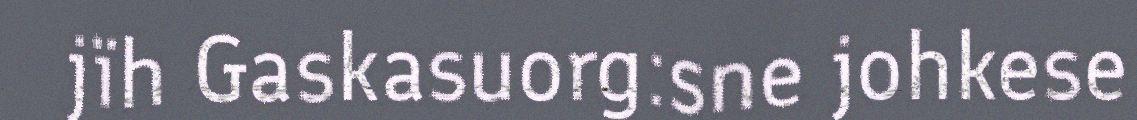
jïh Gaskasuorg:sne johkese